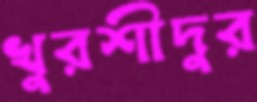
খুরশীদুর